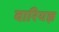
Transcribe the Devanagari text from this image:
वारियज्ञ